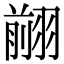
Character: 𦑦